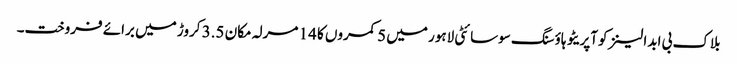
بلاک بی ابدالینزکوآپریٹو ہاؤسنگ سوسائٹی لاہور میں 5 کمروں کا 14 مرلہ مکان 3.5 کروڑ میں برائے فروخت۔